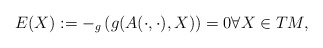
\begin{align*}E(X) := -_g \left(g(A(\cdot,\cdot),X) \right) = 0 \forall X \in TM,\end{align*}